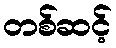
တစ်ဆင့်